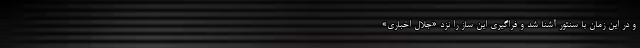
و در این زمان با سنتور آشنا شد و فراگیری این ساز را نزد «جلال اخباری»